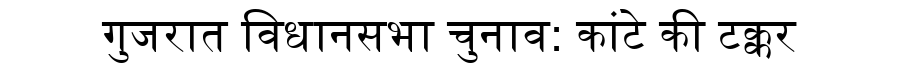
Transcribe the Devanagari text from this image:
गुजरात विधानसभा चुनाव: कांटे की टक्कर